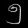
Digit: ၅